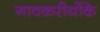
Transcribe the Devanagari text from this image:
गावकरीयोंके